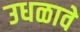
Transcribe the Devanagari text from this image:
उधळावे